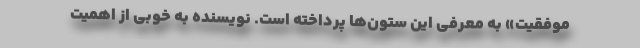
موفقیت» به معرفی این ستون‌ها پرداخته است. نویسنده به خوبی از اهمیت